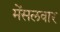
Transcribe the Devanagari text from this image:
मेंसलवार